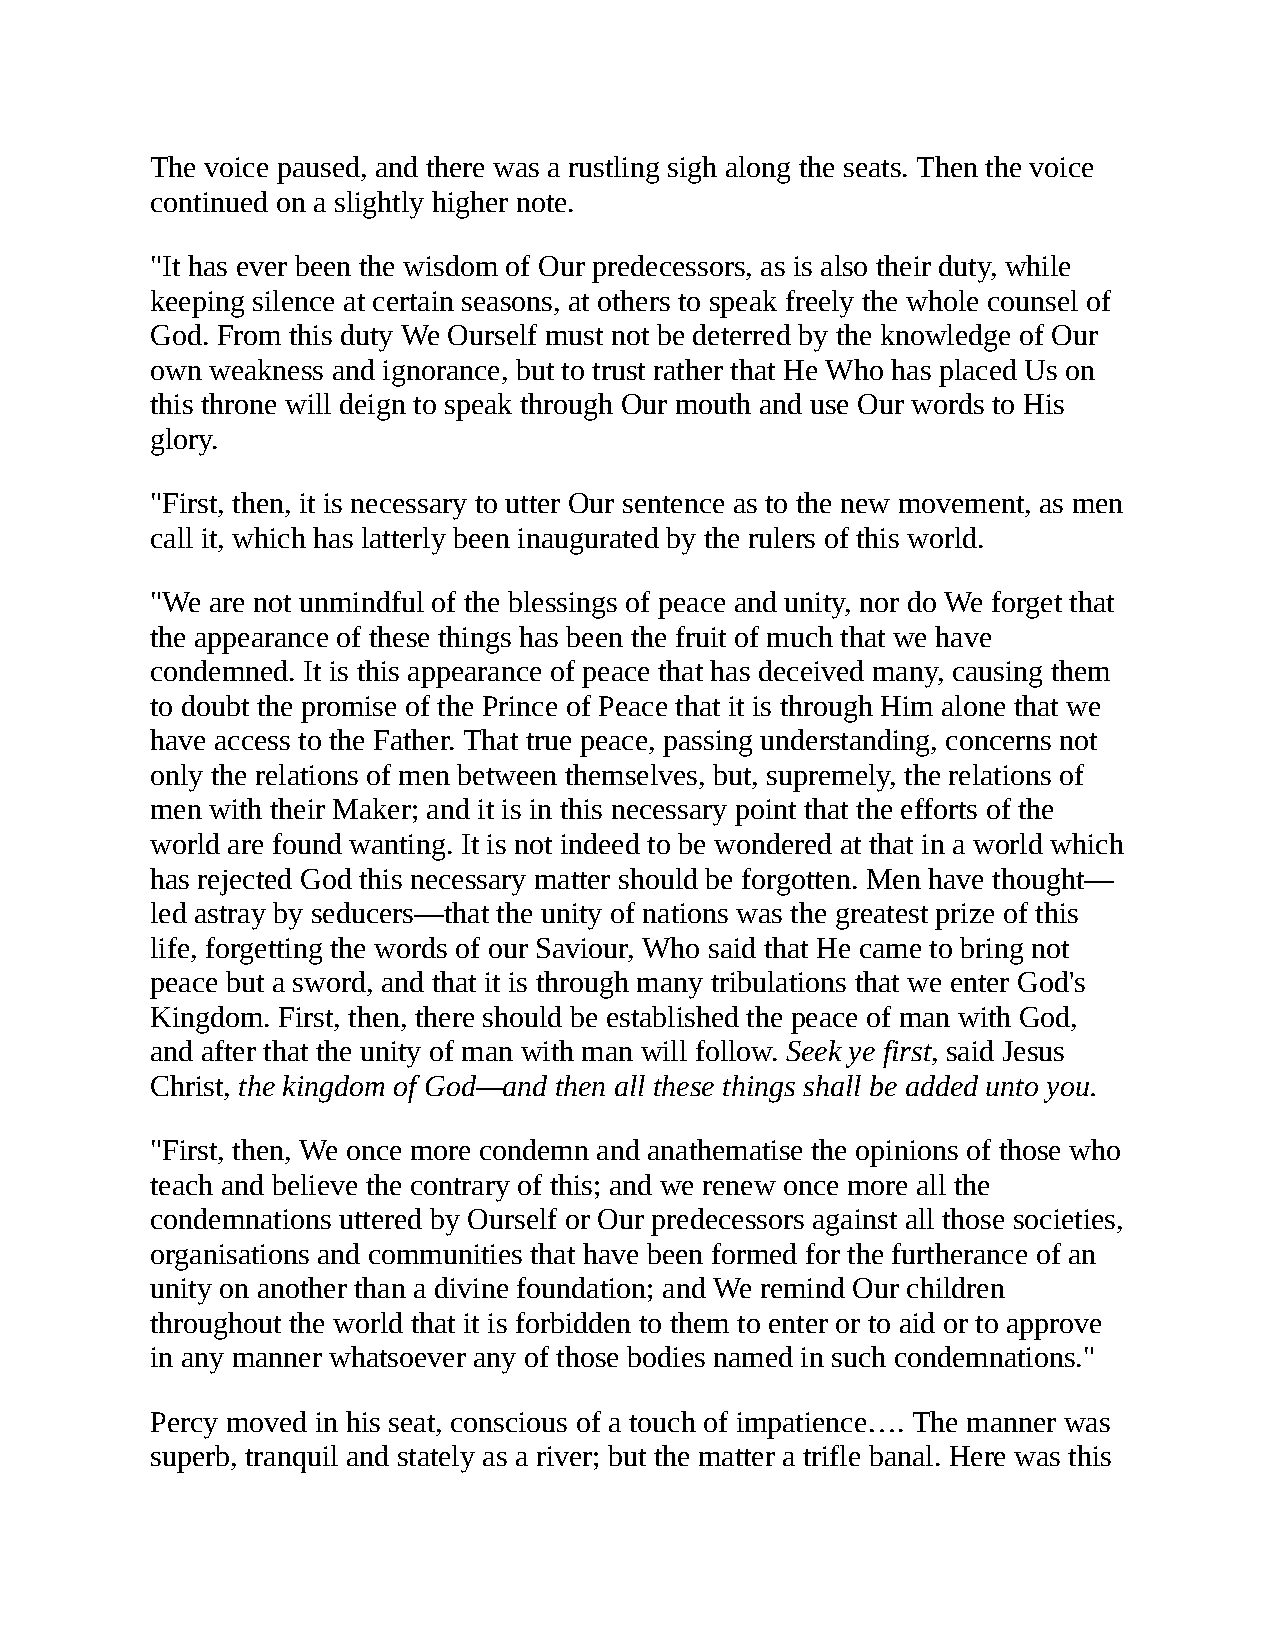
The voice paused, and there was a rustling sigh along the seats. Then the voice
 continued on a slightly higher note.
 "It has ever been the wisdom of Our predecessors, as is also their duty, while
 keeping silence at certain seasons, at others to speak freely the whole counsel of
 God. From this duty We Ourself must not be deterred by the knowledge of Our
 own weakness and ignorance, but to trust rather that He Who has placed Us on
 this throne will deign to speak through Our mouth and use Our words to His
 glory.
 "First, then, it is necessary to utter Our sentence as to the new movement, as men
 call it, which has latterly been inaugurated by the rulers of this world.
 "We are not unmindful of the blessings of peace and unity, nor do We forget that
 the appearance of these things has been the fruit of much that we have
 condemned. It is this appearance of peace that has deceived many, causing them
 to doubt the promise of the Prince of Peace that it is through Him alone that we
 have access to the Father. That true peace, passing understanding, concerns not
 only the relations of men between themselves, but, supremely, the relations of
 men with their Maker; and it is in this necessary point that the efforts of the
 world are found wanting. It is not indeed to be wondered at that in a world which
 has rejected God this necessary matter should be forgotten. Men have thought—
 led astray by seducers—that the unity of nations was the greatest prize of this
 life, forgetting the words of our Saviour, Who said that He came to bring not
 peace but a sword, and that it is through many tribulations that we enter God's
 Kingdom. First, then, there should be established the peace of man with God,
 and after that the unity of man with man will follow. Seek ye first, said Jesus
 Christ, the kingdom of God—and then all these things shall be added unto you.
 "First, then, We once more condemn and anathematise the opinions of those who
 teach and believe the contrary of this; and we renew once more all the
 condemnations uttered by Ourself or Our predecessors against all those societies,
 organisations and communities that have been formed for the furtherance of an
 unity on another than a divine foundation; and We remind Our children
 throughout the world that it is forbidden to them to enter or to aid or to approve
 in any manner whatsoever any of those bodies named in such condemnations."
 Percy moved in his seat, conscious of a touch of impatience…. The manner was
 superb, tranquil and stately as a river; but the matter a trifle banal. Here was this